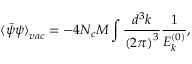
{ \langle \bar { \psi } \psi \rangle } _ { v a c } = - 4 N _ { c } M \int \frac { d ^ { 3 } k } { { ( 2 \pi ) } ^ { 3 } } \frac { 1 } { E _ { k } ^ { ( 0 ) } } ,